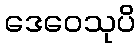
ဒေဝေသုပိ